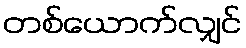
တစ်ယောက်လျှင်